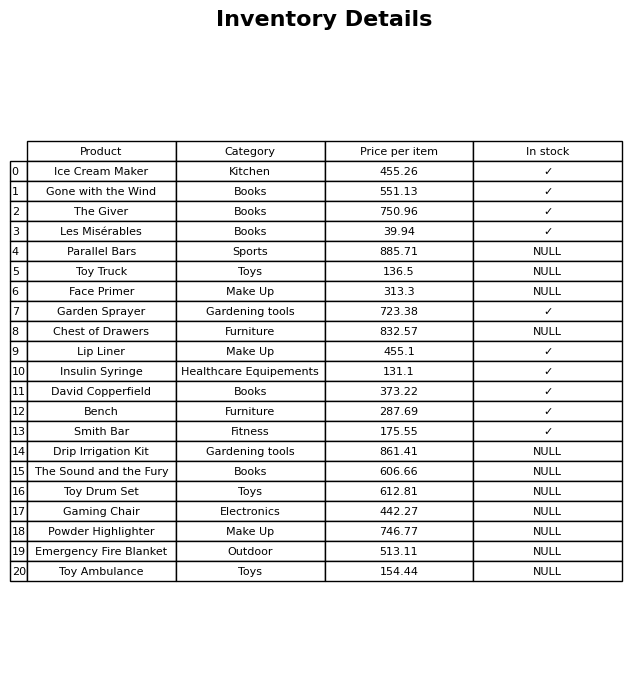
question: What is the price of the Drip Irrigation Kit?
answer: The price of Drip Irrigation Kit is 861.41.